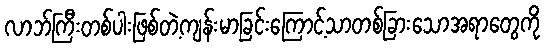
လာဘ်ကြီးတစ်ပါးဖြစ်တဲ့ကျန်းမာခြင်းကြောင့်သာတစ်ခြားသောအရာတွေကို